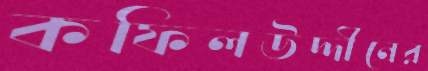
কফিলউদ্দীনের